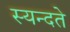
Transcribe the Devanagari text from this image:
स्यन्दते